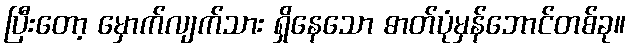
ပြီးတော့ မှောက်လျက်သား ရှိနေသော ဓာတ်ပုံမှန်ဘောင်တစ်ခု။